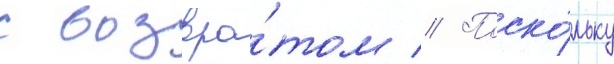
с возвра́том // Поско́льку